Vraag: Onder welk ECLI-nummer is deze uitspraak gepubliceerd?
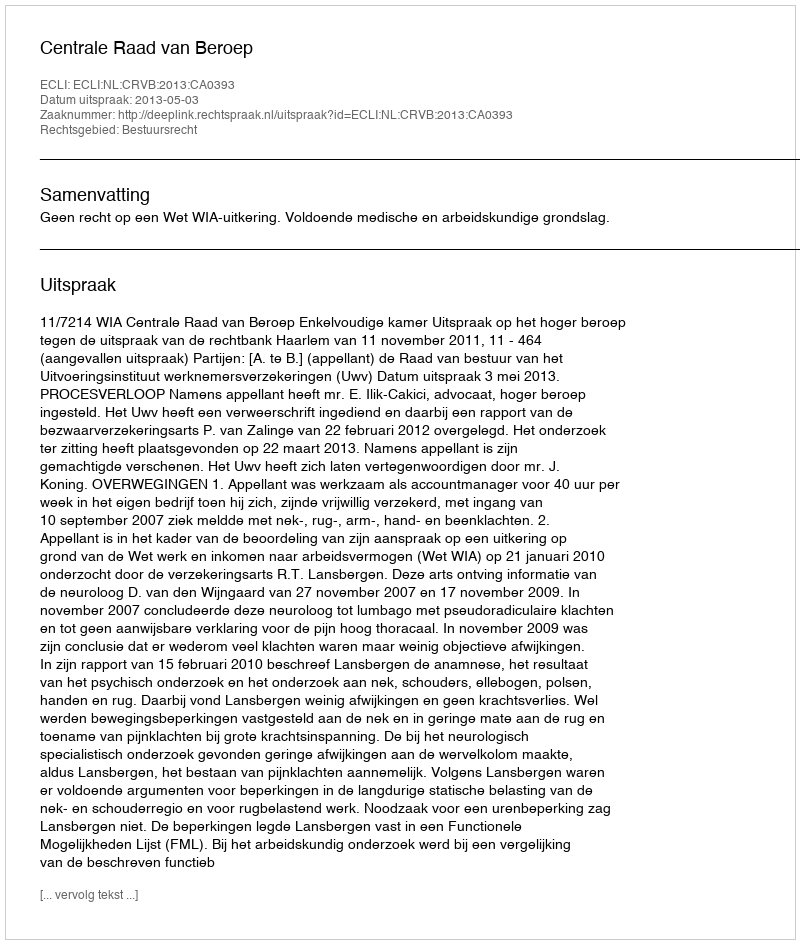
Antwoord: ECLI:NL:CRVB:2013:CA0393